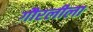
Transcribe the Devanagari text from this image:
गौरलीला